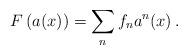
LaTeX: \begin{align*}F\left(a(x)\right) =\sum_{n}^{} f_n a^n(x) \, .\end{align*}